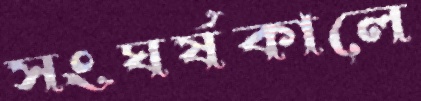
সংঘর্ষকালে